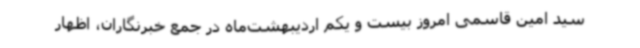
سید امین قاسمی امروز بیست و یکم اردیبهشت‌ماه در جمع خبرنگاران، اظهار